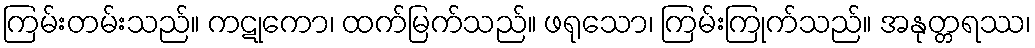
ကြမ်းတမ်းသည်။ ကဋုကော၊ ထက်မြက်သည်။ ဖရုသော၊ ကြမ်းကြုက်သည်။ အနုတ္တရဿ၊